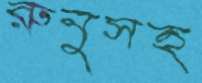
রুনুসহ